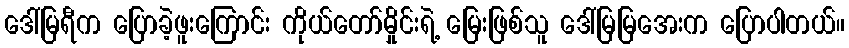
ဒေါ်မြရီက ပြောခဲ့ဖူးကြောင်း ကိုယ်တော်မှိုင်းရဲ့ မြေးဖြစ်သူ ဒေါ်မြမြအေးက ပြောပါတယ်။